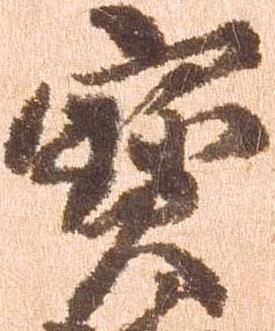
宝